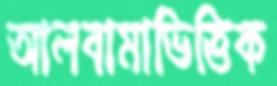
আলবামাভিত্তিক